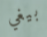
بيغي